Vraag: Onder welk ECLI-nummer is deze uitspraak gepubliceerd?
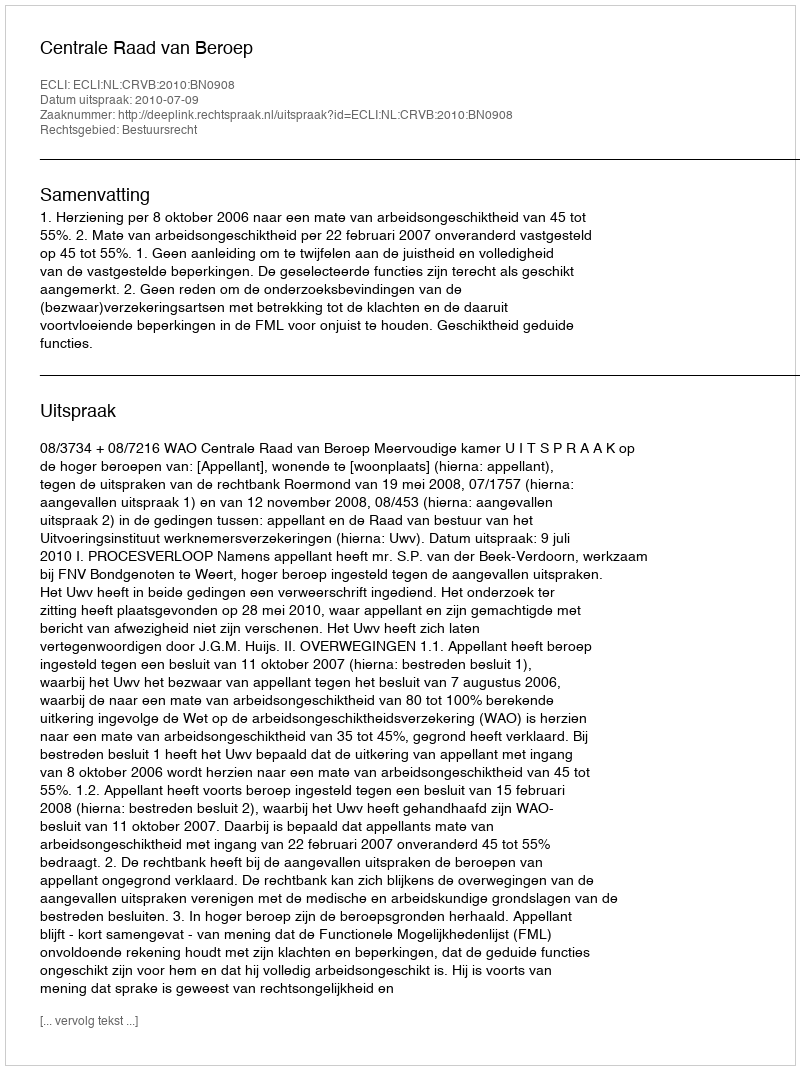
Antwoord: ECLI:NL:CRVB:2010:BN0908